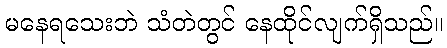
မနေရသေးဘဲ သံတဲတွင် နေထိုင်လျက်ရှိသည်။